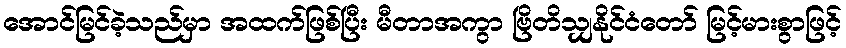
အောင်မြင်ခဲ့သည်မှာ အထက်ဖြစ်ပြီး မီတာအကွာ ဗြိတိသျှနိုင်ငံတော် မြင့်မားစွာဖြင့်